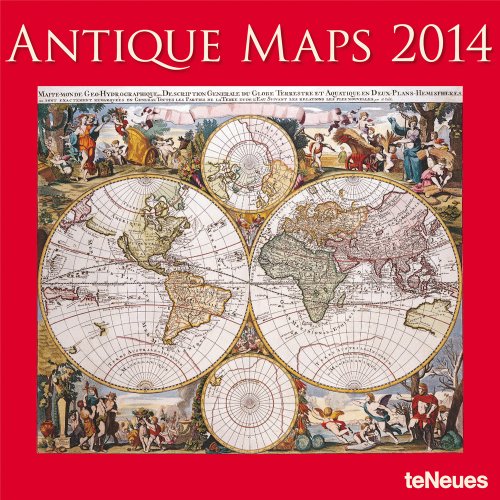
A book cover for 2014 Antique Maps Wall Calendar; Calendars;